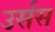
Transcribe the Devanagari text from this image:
उर्सस